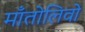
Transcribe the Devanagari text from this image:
माँतोलिवो